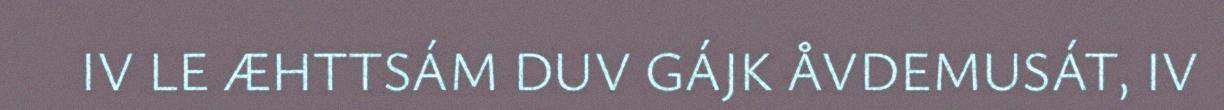
IV LE ÆHTTSÁM DUV GÁJK ÅVDEMUSÁT, IV